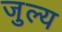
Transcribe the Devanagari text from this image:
जुल्य